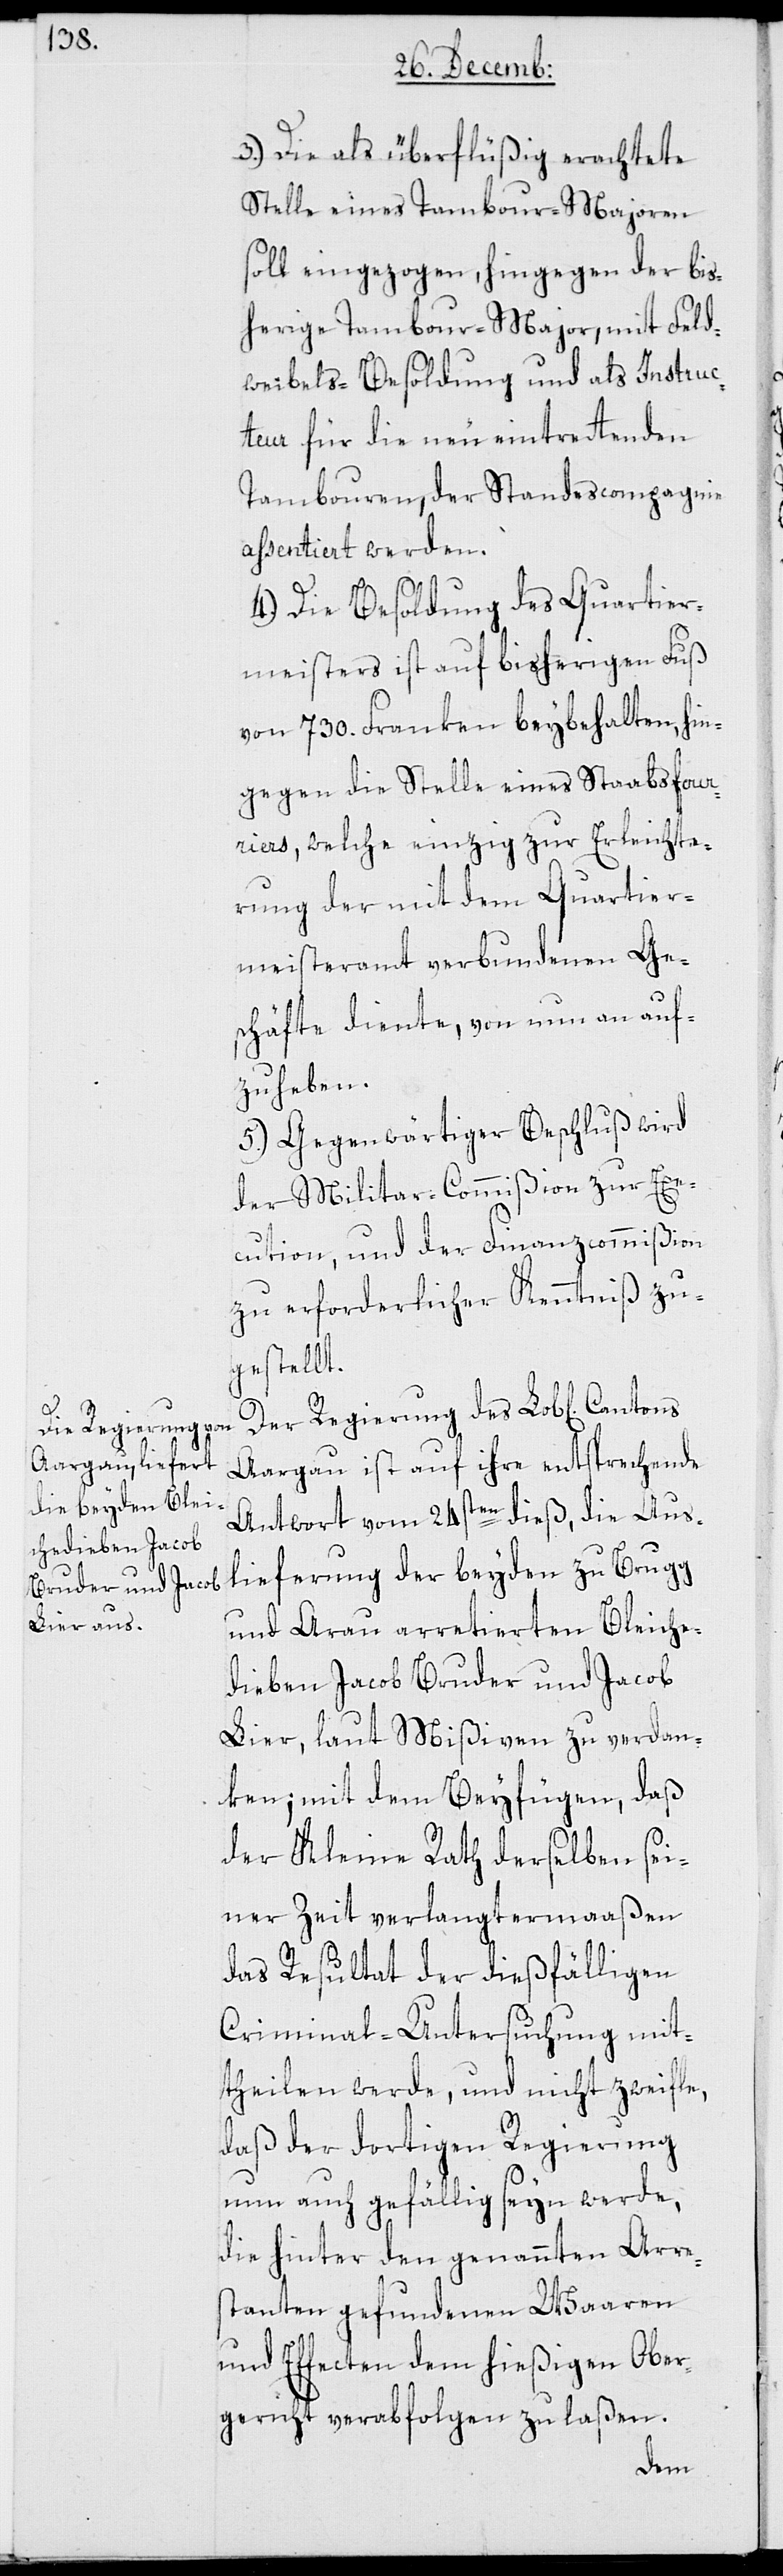
3.) Die als überflüßig erachtete
Stelle eines Tambour-Majoren
soll eingezogen, hingegen der bis¬
herige Tambour-Major, mit Feld¬
weibels-Besoldung und als Instruc¬
teur für die neu eintrettenden
Tambouren, der Standescompagnie
assentiert werden.
4.) Die Besoldung des Quartier¬
meisters ist auf bisherigen Fuß
von 730. Franken beybehalten, hin¬
gegen die Stelle eines Staabsfour¬
riers, welche einzig zur Erleichte¬
rung der mit dem Quartier¬
meisteramt verbundenen Ge¬
schäfte diente, von nun an auf¬
zuheben.
5.) Gegenwärtiger Beschluß wird
der Militar-Commißion zur Exe¬
cution, und der Finanzcommißion
zu erforderlicher Kenntniß zu¬
gestellt.
Der Regierung des Lob[lichen]
Aargau ist auf ihre entsprechende
Antwort vom 24sten dieß, die Aus¬
lieferung der beyden zu Brugg
und Arau arretierten Bleiche¬
dieben Jacob Bruder und Jacob
Lier, laut Mißiven, zu verdan¬
ken; mit dem Beyfügen, daß
der Kleine Rath derselben sei¬
ner Zeit verlangtermaaßen
das Resultat der dießfälligen
Criminal-Untersuchung mit¬
theilen werde, und nicht zweifle,
daß der dortigen Regierung
nun auch gefällig seyn werde,
die hinter den genannten Arre¬
stanten gefundenen Waaren
und Effecten dem hießigen Ober¬
gericht verabfolgen zu laßen.